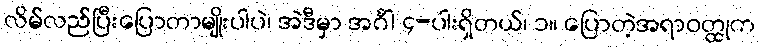
လိမ်လည်ပြီးပြောတာမျိုးပါပဲ၊ အဲဒီမှာ အင်္ဂါ ၄-ပါးရှိတယ်၊ ၁။ ပြောတဲ့အရာဝတ္ထုက